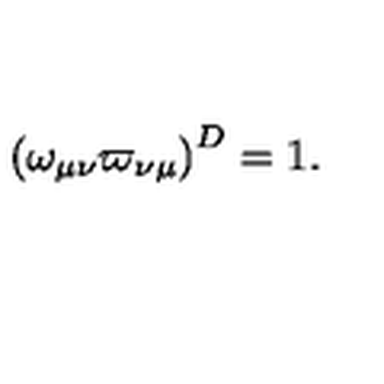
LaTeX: \left( \omega _ { \mu \nu } \varpi _ { \nu \mu } \right) ^ { D } = 1 .